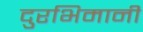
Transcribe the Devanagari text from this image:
दुरभिमानी